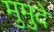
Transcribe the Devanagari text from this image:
मुमुदे